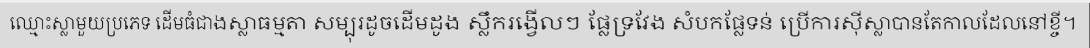
ឈ្មោះស្លាមួយប្រភេទ ដើមធំជាងស្លាធម្មតា សម្បុរដូចដើមដូង ស្លឹករង្វើលៗ ផ្លែទ្រវែង សំបកផ្លែទន់ ប្រើការស៊ីស្លាបានតែកាលដែលនៅខ្ចី។